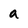
Character: a